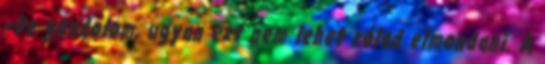
–De gondolom, ugyan ezt nem lehet rólad elmondani. A